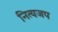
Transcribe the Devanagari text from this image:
नित्यजप